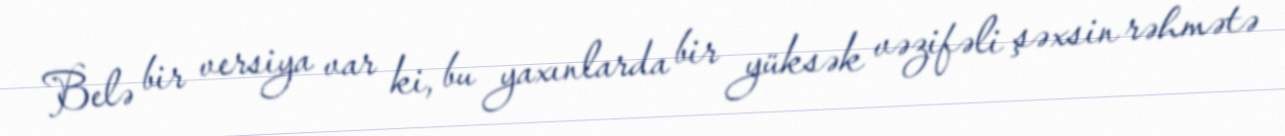
Belə bir versiya var ki, bu yaxınlarda bir yüksək vəzifəli şəxsin rəhmətə